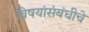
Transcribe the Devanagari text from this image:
विषयांसंबंधीचे